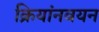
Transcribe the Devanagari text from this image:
क्रियांनवयन